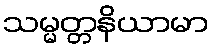
သမ္မတ္တနိယာမာ